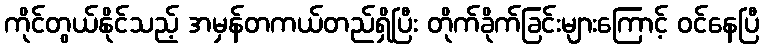
ကိုင်တွယ်နိုင်သည့် အမှန်တကယ်တည်ရှိပြီး တိုက်ခိုက်ခြင်းများကြောင့် ဝင်နေပြီ